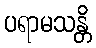
ပရာမသန္တိ